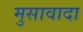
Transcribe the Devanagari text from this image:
मुसावादा